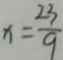
x = \frac { 2 3 } { 9 }